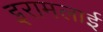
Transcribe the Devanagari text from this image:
इरामलाई